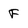
Character: F